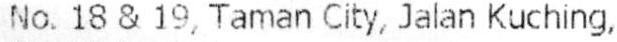
NO. 18 & 19, TAMAN CITY, JALAN KUCHING,